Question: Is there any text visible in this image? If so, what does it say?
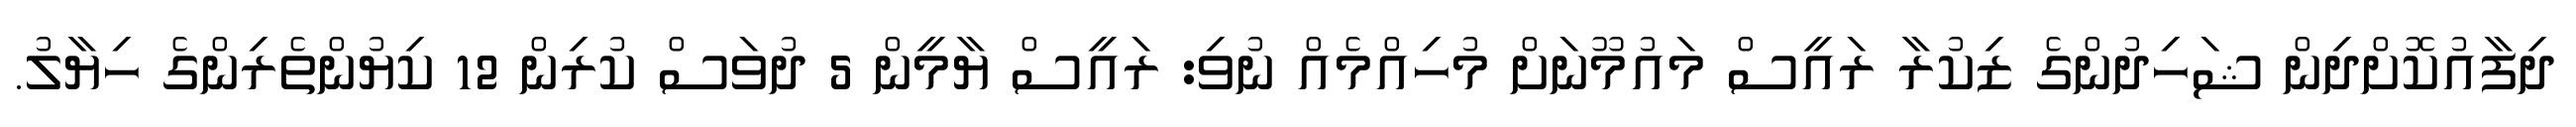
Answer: ދިފާއުކޮށްދިން ޝަހިދުންގެ ޒިކުރާ ރައީސް މައުމޫނަށް މުހިއްމެއް ނުވި: ރައީސް ޔާމީން 5 ދުވަސް ކުރިން 12 ކިޔުންތެރިންގެ ހިޔާލު.